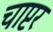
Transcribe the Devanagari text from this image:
चाप्टर